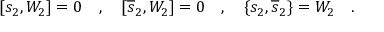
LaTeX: [ s _ { 2 } , W _ { 2 } ] = 0 \quad , \quad [ \overline { { { s } } } _ { 2 } , W _ { 2 } ] = 0 \quad , \quad \{ s _ { 2 } , \overline { { { s } } } _ { 2 } \} = W _ { 2 } \quad .